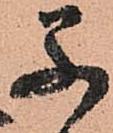
早